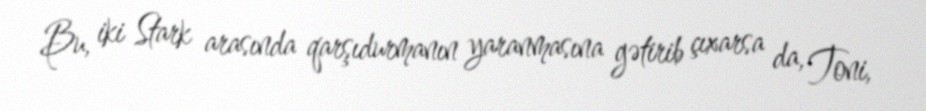
Bu, iki Stark arasında qarşıdurmanın yaranmasına gətirib çıxarsa da, Toni,